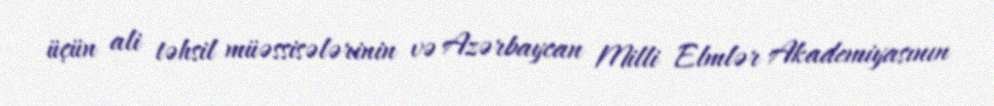
üçün ali təhsil müəssisələrinin və Azərbaycan Milli Elmlər Akademiyasının